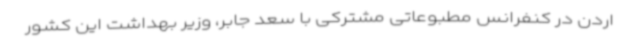
اردن در کنفرانس مطبوعاتی مشترکی با سعد جابر، وزیر بهداشت این کشور